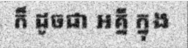
ក៏ ដូចជា អគ្នី ក្នុង